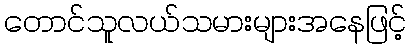
တောင်သူလယ်သမားများအနေဖြင့်